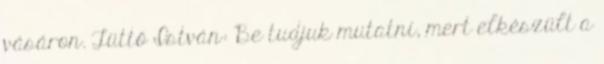
vásáron. Tüttő István: Be tudjuk mutatni, mert elkészült a